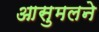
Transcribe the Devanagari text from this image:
आसुमलने